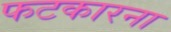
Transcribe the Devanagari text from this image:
फटकारना